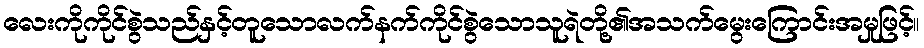
လေးကိုကိုင်စွဲသည်နှင့်တူသောလက်နက်ကိုင်စွဲသောသူရဲတို့၏အသက်မွေးကြောင်းအမှုဖြင့်။